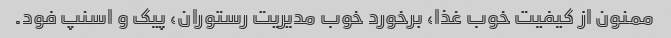
ممنون از کیفیت خوب غذا، برخورد خوب مدیریت رستوران، پیک و اسنپ فود.